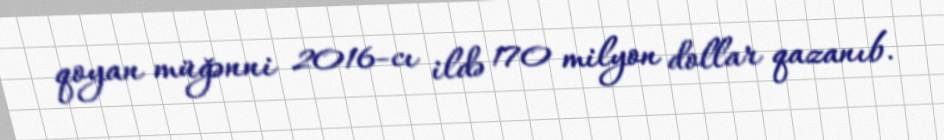
qoyan müğənni 2016-cı ildə 170 milyon dollar qazanıb.